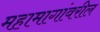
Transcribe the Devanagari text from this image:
महामागांवरील